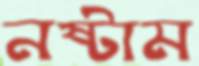
নষ্টাম